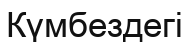
Күмбездегі